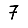
Digit: 7